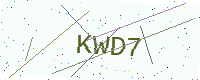
Text: KWD7